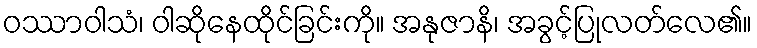
ဝဿာဝါသံ၊ ဝါဆိုနေထိုင်ခြင်းကို။ အနုဇာနိ၊ အခွင့်ပြုလတ်လေ၏။